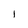
Character: 1